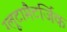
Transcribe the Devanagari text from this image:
ग्लूटामैटर्जिक